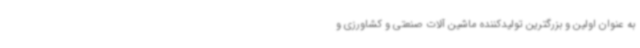
به عنوان اولین و بزرگترین تولیدکننده ماشین آلات صنعتی و کشاورزی و